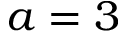
a = 3